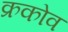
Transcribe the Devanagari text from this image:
क्रकोव